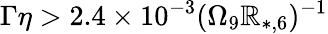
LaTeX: \Gamma\eta>2.4\times10^{-3}(\Omega_{9}\mathbb{R}_{*,6})^{-1}